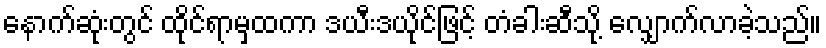
နောက်ဆုံးတွင် ထိုင်ရာမှထကာ ဒယီးဒယိုင်ဖြင့် တံခါးဆီသို့ လျှောက်လာခဲ့သည်။